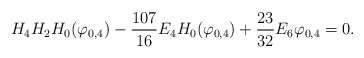
\begin{align*}H_4H_2H_0(\varphi_{0,4})-\frac{107}{16}E_4H_0(\varphi_{0,4})+\frac{23}{32}E_6\varphi_{0,4}=0.\end{align*}